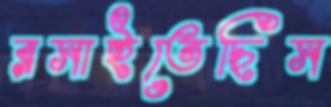
রসাইতেছিস